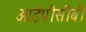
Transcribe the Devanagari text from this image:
आईपीसीबी